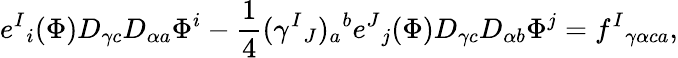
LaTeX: e^{I}{}_{i}(\Phi)D_{\gamma c}D_{\alpha a}\Phi^{i}-{\frac{1}{4}}(\gamma^{I}{}_{J})_{a}{}^{b}e^{J}{}_{j}(\Phi)D_{\gamma c}D_{\alpha b}\Phi^{j}=f^{I}{}_{\gamma\alpha ca},